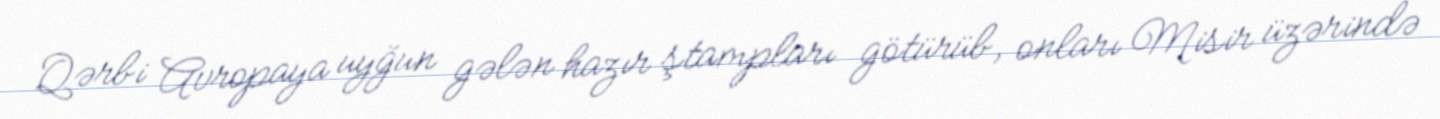
Qərbi Avropaya uyğun gələn hazır ştampları götürüb, onları Misir üzərində